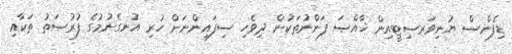
ޑިފެންސް ޔުނިވަރސިޓީއިން ޚާއްޞަ ފަންނުތަކުން ދިވެހި ސިފައިންނަށް ހުރި އުނގެނުމުގެ ފުރުޞަތު ތަކާއި